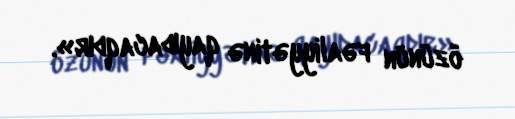
özünün fəaliyyətinə qayıdacaqdır».